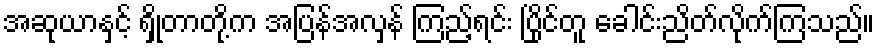
အဆုယာနှင့် ရှိုတာတို့က အပြန်အလှန် ကြည့်ရင်း ပြိုင်တူ ခေါင်းညိတ်လိုက်ကြသည်။